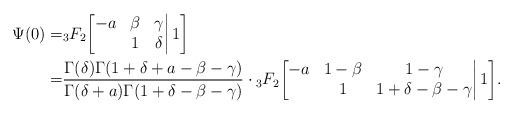
LaTeX: \begin{align*}\Psi(0)=&{}_3F_2\bigg[\begin{matrix}-a&\beta&\gamma\\&1&\delta\end{matrix}\bigg|\,1\bigg]\\=&\frac{\Gamma(\delta)\Gamma(1+\delta+a-\beta-\gamma)}{\Gamma(\delta+a)\Gamma(1+\delta-\beta-\gamma)}\cdot{}_3F_2\bigg[\begin{matrix}-a&1-\beta&1-\gamma\\&1&1+\delta-\beta-\gamma\end{matrix}\bigg|\,1\bigg].\end{align*}